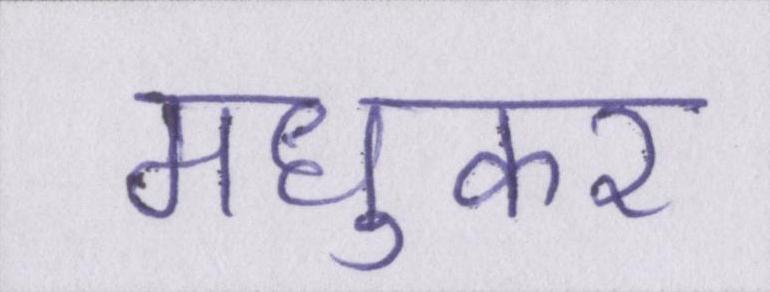
मधुकर